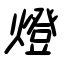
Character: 燈